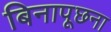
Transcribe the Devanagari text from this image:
बिनापूछना